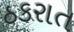
ઠકરાત